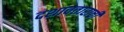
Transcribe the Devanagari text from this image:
दशावताराची